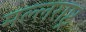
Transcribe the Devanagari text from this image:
मल्लराष्ट्र